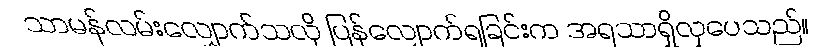
သာမန်လမ်းလျှောက်သလို ပြန်လျှောက်ရခြင်းက အရသာရှိလှပေသည်။